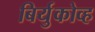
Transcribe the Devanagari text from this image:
बिर्युकोव्ह